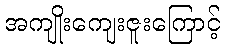
အကျိုးကျေးဇူးကြောင့်